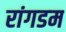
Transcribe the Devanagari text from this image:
रांगडम